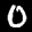
Label: 0